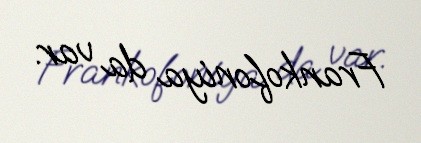
Frankofoniya da var.